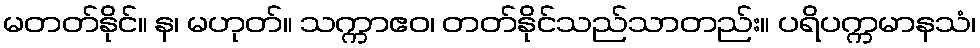
မတတ်နိုင်။ န၊ မဟုတ်။ သက္ကာဧဝ၊ တတ်နိုင်သည်သာတည်း။ ပရိပက္ကမာနသံ၊